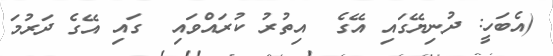
(އެބަހީ: ދުނިޔޭގައި އޭގެ  އިތުރު ކުރައްވައި  ގައި އޭގެ ދަރުމަ